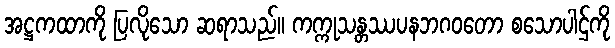
အဋ္ဌကထာကို ပြလိုသော ဆရာသည်။ ကက္ကုသန္တဿပနဘဂဝတော စသောပါဌ်ကို